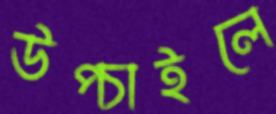
উপ্‌চাইলে